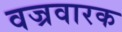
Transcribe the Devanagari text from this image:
वज्रवारक